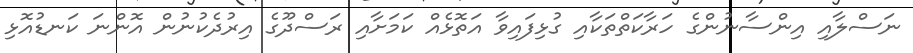
ނަސްލާއި އިންސާނުންގެ ހަރާކަތްތަކާއި ގުޅިފައިވާ އަތޮޅެއް ކަމަށާއި ރަސްދޫގެ އިރުދެކުނުން އޮންނަ ކަނޑުއޮޅި